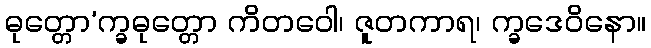
ဓုတ္တော’က္ခဓုတ္တော ကိတဝေါ၊ ဇူတကာရ၊ က္ခဒေဝိနော။